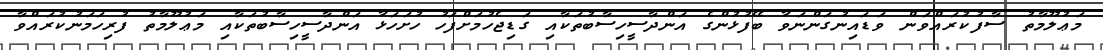
މަޢުލޫމާތު ސާފުކުރައްވަން ވަޑައިނުގަންނަވާ ބޭފުޅުންގެ އަންދާސީހިސާބުތަކާއި ގަޑިޖެހުމަށްފަހު ހުށަހަޅާ އަންދާސީހިސާބުތަކާއި މަޢުލޫމާތު ފުރިހަމަނުކުރައްވާ